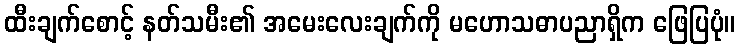
ထီးချက်စောင့် နတ်သမီး၏ အမေးလေးချက်ကို မဟောသဓာပညာရှိက ဖြေပြပုံ။